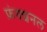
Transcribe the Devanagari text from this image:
फ़ंक्शनल